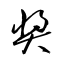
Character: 奨